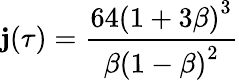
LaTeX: \mathbf{j}(\tau)={\frac{{64\left(1+3\beta\right)^{3}}}{{\beta\left(1-\beta\right)^{2}}}}